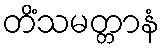
တိံသမတ္တာနံ